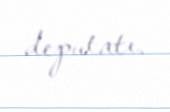
deputatı.